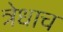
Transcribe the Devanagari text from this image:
त्रेधाच